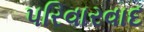
પરિવારવાદ